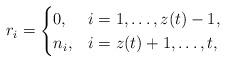
LaTeX: \begin{align*} r_i=\begin{cases} 0,&i=1,\ldots,z(t)-1,\\ n_i,&i=z(t)+1,\ldots,t,\end{cases}\end{align*}